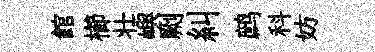
館櫛壮嶼劂糾鹧科妨